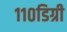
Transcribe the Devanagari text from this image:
११०डिग्री